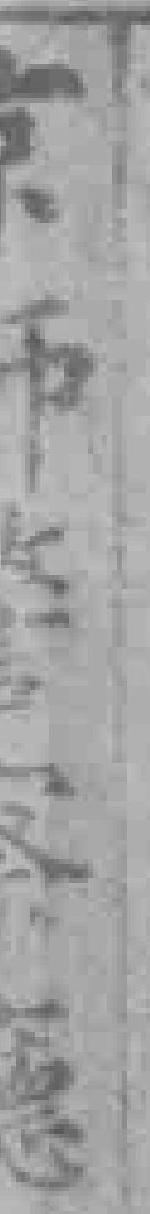
京師警察廳